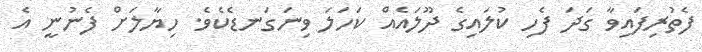
ފެތުރިފައިވާ ގަދަ ފެހި ކުލައިގެ ދޫލައެއް ކަހަލަ ވިނަގަނޑެކެވެ. ހިޔާލަށް ފެނުނީ އެ